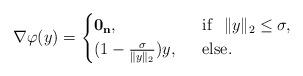
LaTeX: \begin{align*} \nabla\varphi(y)=\begin{cases} \bf{0}_n,&\mathrm{~~if ~~}\|y\|_2\le \sigma,\\ (1-\frac{\sigma}{\|y\|_2})y, &\mathrm{~~else.} \end{cases} \end{align*}